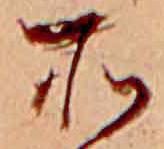
所